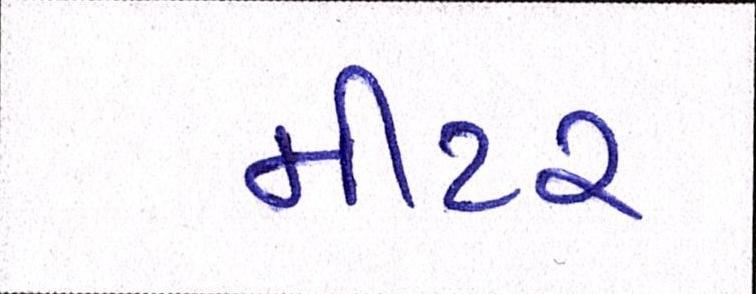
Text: મીટર